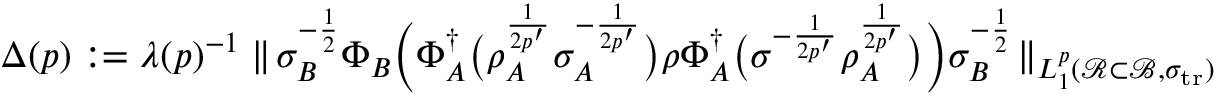
\begin{array} { r } { \Delta ( p ) : = \lambda ( p ) ^ { - 1 } \parallel \! \sigma _ { B } ^ { - \frac { 1 } { 2 } } \Phi _ { B } \Big ( \Phi _ { A } ^ { \dag } \big ( \rho _ { A } ^ { \frac { 1 } { 2 p ^ { \prime } } } \sigma _ { A } ^ { - \frac { 1 } { 2 p ^ { \prime } } } \big ) \rho \Phi _ { A } ^ { \dag } \big ( \sigma ^ { - \frac { 1 } { 2 p ^ { \prime } } } \rho _ { A } ^ { \frac { 1 } { 2 p ^ { \prime } } } \big ) \Big ) \sigma _ { B } ^ { - \frac { 1 } { 2 } } \! \parallel _ { L _ { 1 } ^ { p } ( { \mathcal R } \subset { \mathcal { B } } , \sigma _ { { \mathrm { t r } } } ) } } \end{array}